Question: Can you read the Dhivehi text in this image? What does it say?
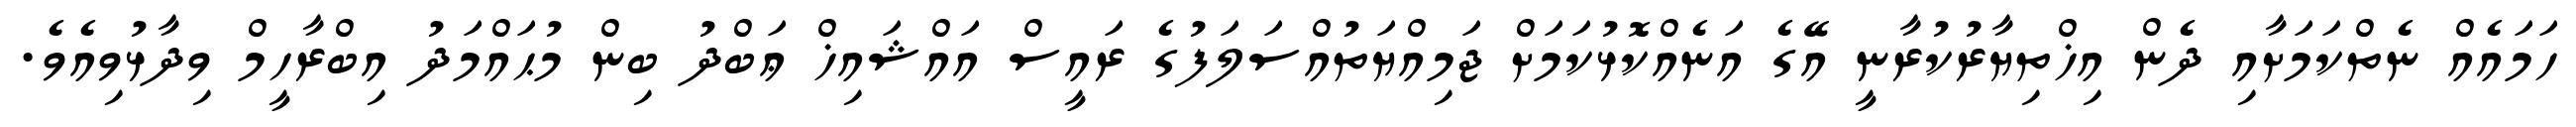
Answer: ހަމައެއް ނެތްކަމަށާއި ދެން އިޚްތިޔާރުކުރާނީ އޭގެ އަނެއްކޮޅުކަމަށް ޖަމިއްޔަތުއްސަލަފުގެ ރައީސް އައްޝައިޚް ޢަބްދު ބިން މުޙައްމަދު އިބްރާހީމް ވިދާޅުވިއެވެ.